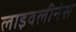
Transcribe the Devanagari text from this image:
लाइवलीनेस